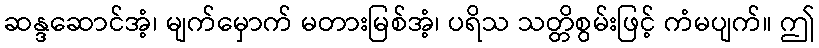
ဆန္ဒဆောင်အံ့၊ မျက်မှောက် မတားမြစ်အံ့၊ ပရိသ သတ္တိစွမ်းဖြင့် ကံမပျက်။ ဤ